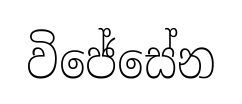
විජේසේන